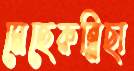
মেহেরুন্নিছা